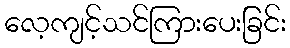
လေ့ကျင့်သင်ကြားပေးခြင်း